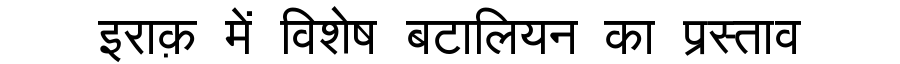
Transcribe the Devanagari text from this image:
इराक़ में विशेष बटालियन का प्रस्ताव